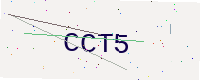
Text: CCT5